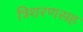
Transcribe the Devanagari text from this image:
त्रिशरणसह